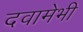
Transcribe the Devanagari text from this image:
दवामेभी